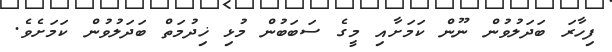
ފިހާރަ ބަދަލުވުން ނޫން ކަމަށާއި މީގެ ސަބަބުން މުޅި ޚިދުމަތް ބަދަލުވުން ކަމަށެވެ.